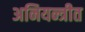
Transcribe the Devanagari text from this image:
अनियन्त्रीत